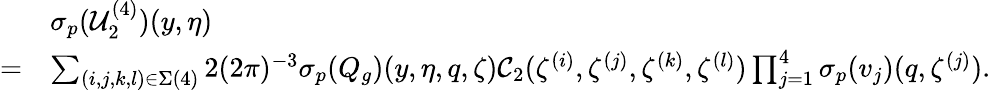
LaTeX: \begin{array}{rl}&{{{\sigma_{p}}}(\mathcal{U}_{2}^{(4)})(y,\eta)}\\ {=}&{\sum_{(i,j,k,l)\in\Sigma(4)}2(2\pi)^{-3}{{\sigma_{p}}}(Q_{g})(y,\eta,q,\zeta)\mathcal{C}_{2}(\zeta^{(i)},\zeta^{(j)},\zeta^{(k)},\zeta^{(l)})\prod_{j=1}^{4}{{\sigma_{p}}}(v_{j})(q,\zeta^{(j)}).}\end{array}